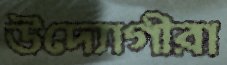
উদ্যোগীরা